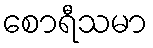
စောရီသမာ